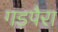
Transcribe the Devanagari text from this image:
गड़पैरा